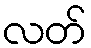
လတ်